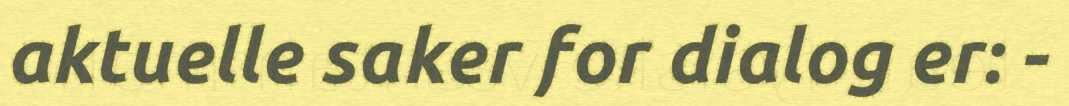
aktuelle saker for dialog er: -